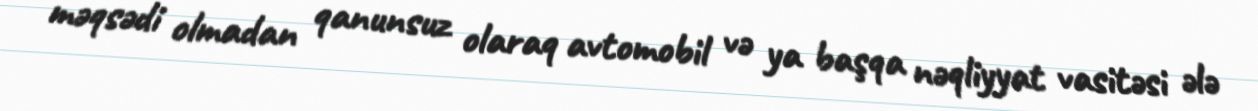
məqsədi olmadan qanunsuz olaraq avtomobil və ya başqa nəqliyyat vasitəsi ələ